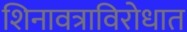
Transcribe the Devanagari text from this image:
शिनावत्राविरोधात